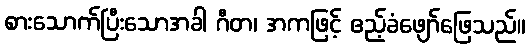
စားသောက်ပြီးသောအခါ ဂီတ၊ အကဖြင့် ဧည့်ခံဖျော်ဖြေသည်။